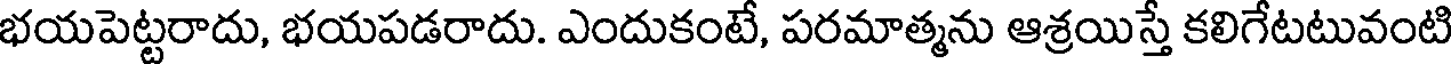
భయపెట్టరాదు, భయపడరాదు. ఎందుకంటే, పరమాత్మను ఆశ్రయిస్తే కలిగేటటువంటి